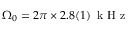
\Omega _ { 0 } = 2 \pi \times 2 . 8 ( 1 ) \ensuremath { \, \mathrm { ~ k ~ H ~ z ~ } }